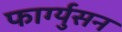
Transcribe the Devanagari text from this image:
फार्ग्युसन